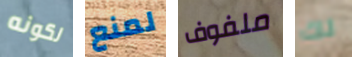
لكونه لمنع ملفوف لك